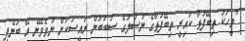
"މީހަކު ތިބޭފުޅާ ކައިރީ ތިބޭފުޅާގެ ނަސްލުގެ ސަބަބުން ރައީސަކަށް ނުވެވޭނެ އޭ ބުނެފި